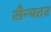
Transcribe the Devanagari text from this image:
सैन्यतर